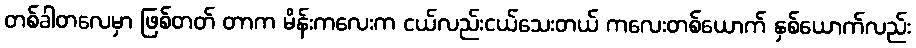
တစ်ခါတလေမှာ ဖြစ်တတ် တာက မိန်းကလေးက ငယ်လည်းငယ်သေးတယ် ကလေးတစ်ယောက် နှစ်ယောက်လည်း